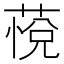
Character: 𰱭